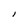
Character: l